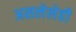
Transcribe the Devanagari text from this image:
असलेलेही